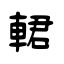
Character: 輑